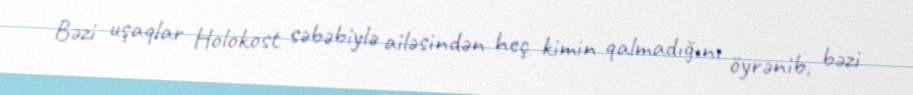
Bəzi uşaqlar Holokost səbəbiylə ailəsindən heç kimin qalmadığını öyrənib, bəzi